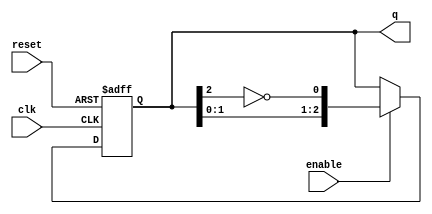
module johnson_counter #(
    parameter n = 3  // Number of flip-flops (configurable)
)(
    input wire clk,      // Clock input
    input wire reset,    // Asynchronous reset
    input wire enable,   // Enable signal
    output reg [n-1:0] q // Output state of the counter
);

    // Always block for the Johnson counter
    always @(posedge clk or posedge reset) begin
        if (reset) begin
            // Asynchronous reset: set all flip-flops to 0
            q <= 0;
        end else if (enable) begin
            // Johnson counter logic
            // Shift the current state and feed back the inverted last flip-flop
            q <= {q[n-2:0], ~q[n-1]};
        end
        // If enable is low, hold the current state (no action needed)
    end

endmodule